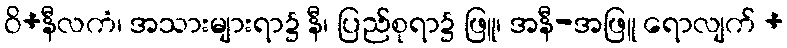
ဝိ+နီလကံ၊ အသားများရာ၌ နီ၊ ပြည်စုရာ၌ ဖြူ၊ အနီ-အဖြူ ရောလျက် +